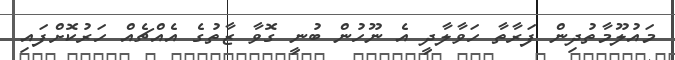
މައުލޫމާތުދިން ފަރާތާ ހަވާލާދީ އެ ނޫހުން ބުނީ ގޮވާ ޒާތުގެ އެއްޗެއް ހަރުކޮށްފައި